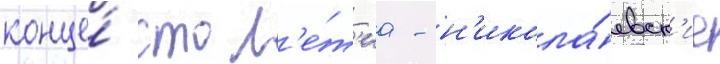
конце́ стол'е́т'иа - н'икола́евск'ие